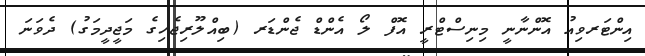
އިންޓަރވިއު އޮންނާނީ މިނިސްޓްރީ އޮފް ލޯ އެންޑް ޖެންޑަރ (ބިއްލޫރިޖެހިގެ މަޖީދީމަގު) ދެވަނަ